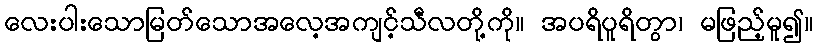
လေးပါးသောမြတ်သောအလေ့အကျင့်သီလတို့ကို။ အပရိပူရိတွာ၊ မဖြည့်မူ၍။